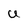
Character: U